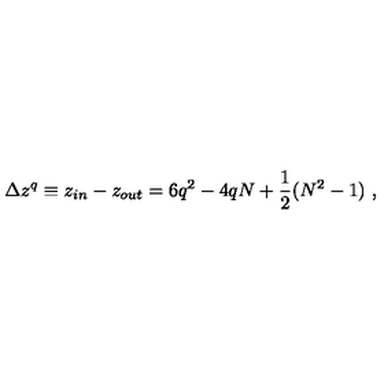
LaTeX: \Delta z ^ { q } \equiv z _ { i n } - z _ { o u t } = 6 q ^ { 2 } - 4 q N + { \frac { 1 } { 2 } } ( N ^ { 2 } - 1 ) \ ,